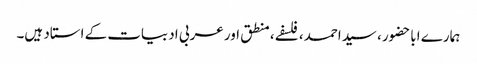
ہمارے اباحضور، سیداحمد، فلسفے، منطق اور عربی ادبیات کے استاد ہیں۔